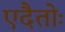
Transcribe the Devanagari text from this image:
एदैतोः